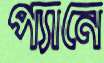
প্যানে